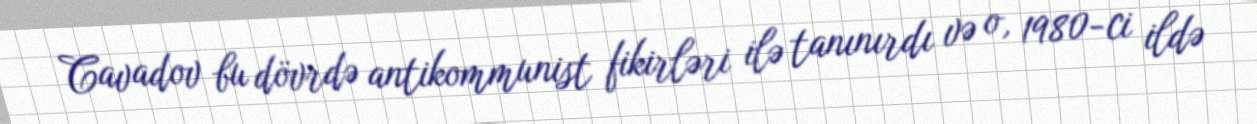
Cavadov bu dövrdə antikommunist fikirləri ilə tanınırdı və o, 1980-ci ildə